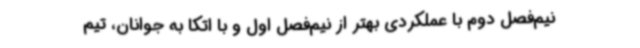
نیم‌فصل دوم با عملکردی بهتر از نیم‌فصل اول و با اتکا به جوانان، تیم